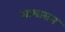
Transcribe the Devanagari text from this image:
आभासन